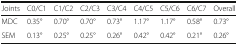
<table><thead><tr><td><b>Joints</b></td><td><b>C0/C1</b></td><td><b>C1/C2</b></td><td><b>C2/C3</b></td><td><b>C3/C4</b></td><td><b>C4/C5</b></td><td><b>C5/C6</b></td><td><b>C6/C7</b></td><td><b>Overall</b></td></tr></thead><tbody><tr><td>MDC</td><td>0.35°</td><td>0.70°</td><td>0.70°</td><td>0.73°</td><td>1.17°</td><td>1.17°</td><td>0.58°</td><td>0.73°</td></tr><tr><td>SEM</td><td>0.13°</td><td>0.25°</td><td>0.25°</td><td>0.26°</td><td>0.42°</td><td>0.42°</td><td>0.21°</td><td>0.26°</td></tr></tbody></table>